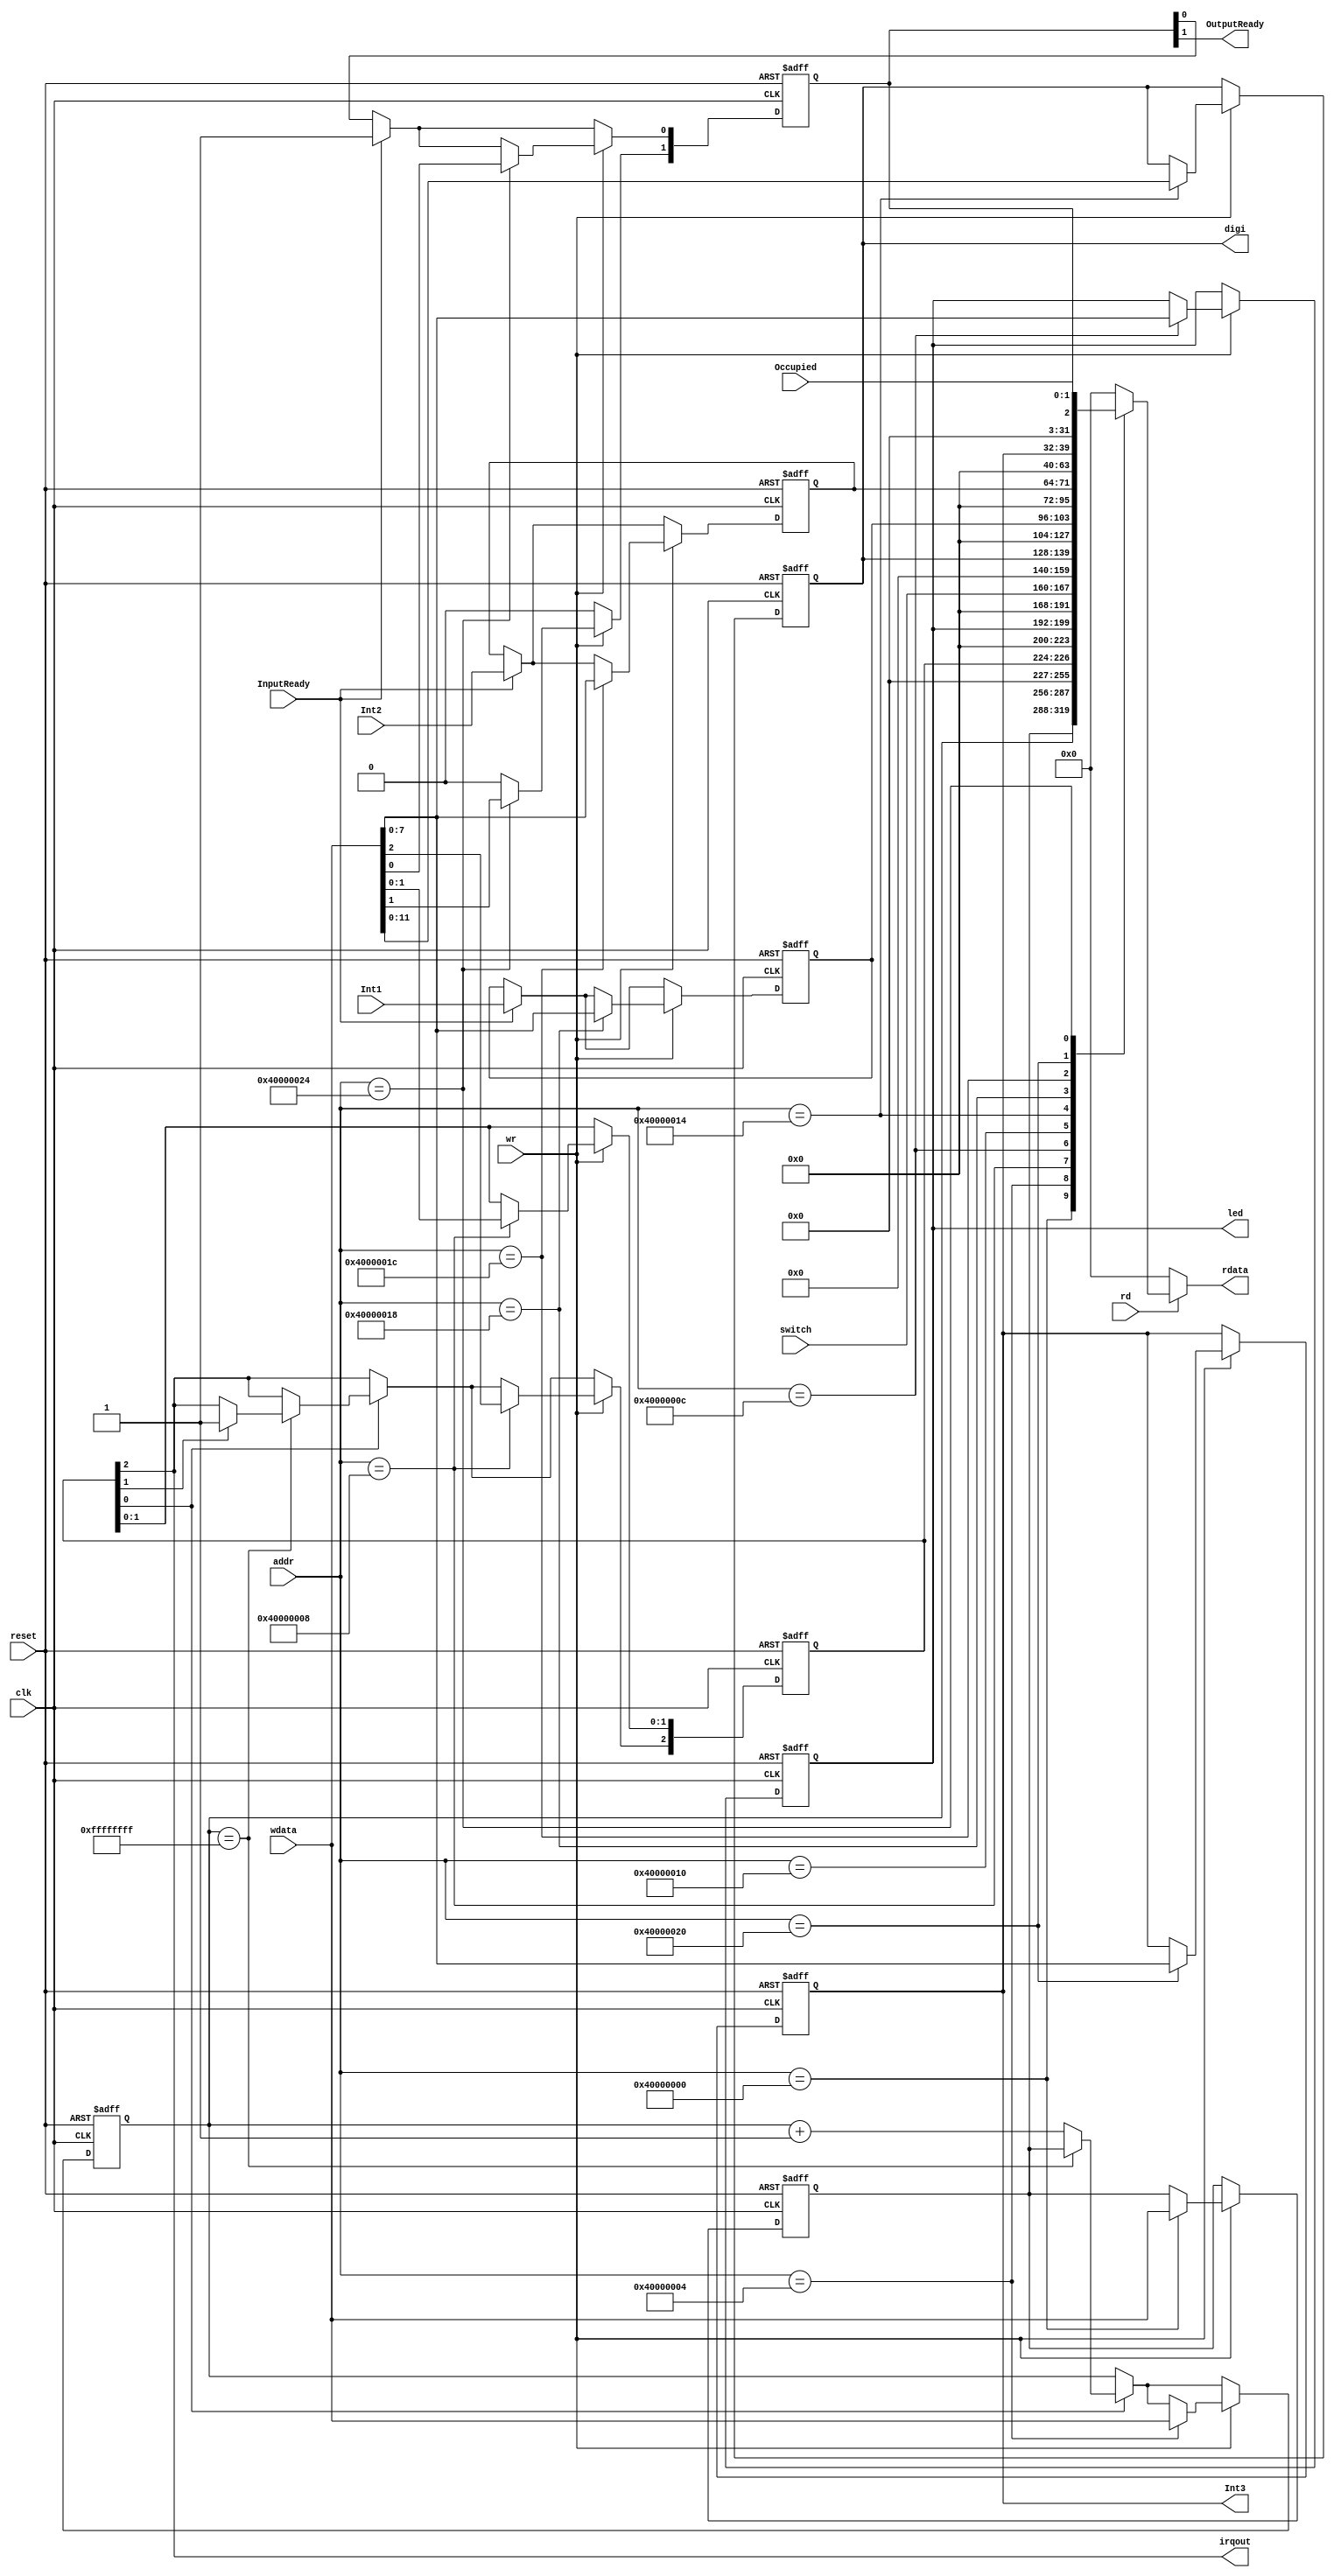
`timescale 1ns/1ps
module Peripheral (reset,clk,rd,wr,addr,wdata, Int1, Int2, InputReady, Occupied,
    rdata,led,switch,digi,irqout, Int3, OutputReady);
input reset,clk;
input rd,wr;
input [31:0] addr;
input [31:0] wdata;
input [7:0] Int1;
input [7:0] Int2;
input InputReady;
input Occupied;

output reg [31:0] rdata;
output reg [7:0] led;
input [7:0] switch;
output reg [11:0] digi;
output irqout;
output [7:0] Int3;
output OutputReady;


reg [31:0] TH,TL;
reg [2:0] TCON;
assign irqout = TCON[2];

reg [7:0] DATA1, DATA2, DATA3;
reg [1:0] UARTCON;
assign OutputReady = UARTCON[1];
assign Int3 = DATA3;

always@(*) begin
    if(rd) begin
        case(addr)
            32'h40000000: rdata <= TH;            
            32'h40000004: rdata <= TL;            
            32'h40000008: rdata <= {29'b0,TCON};                
            32'h4000000C: rdata <= {24'b0,led};            
            32'h40000010: rdata <= {24'b0,switch};
            32'h40000014: rdata <= {20'b0,digi};

            32'h40000018: rdata <= {24'b0,DATA1}; 
            32'h4000001c: rdata <= {24'b0,DATA2}; 
            32'h40000020: rdata <= {24'b0,DATA3}; 
            32'h40000024: rdata <= {29'b0,Occupied,UARTCON};
            default: rdata <= 32'b0;
        endcase
    end
    else
        rdata <= 32'b0;
end

always@(negedge reset or negedge clk) begin
    if(~reset) begin
        TH <= 32'b0;
        TL <= 32'b0;
        TCON <= 3'b0;
        DATA1 <= 8'd0;
        DATA2 <= 8'd0;
        DATA3 <= 8'b0;
        UARTCON <= 2'b0;
        led <= 8'b0;
        digi <= 12'b0;
    end
    else begin
        if(TCON[0]) begin    //timer is enabled
            if(TL==32'hffffffff) begin
                TL <= TH;
                if(TCON[1]) begin 
                    TCON[2] <= 1'b1;        //irq is enabled
                end
            end
            else TL <= TL + 1;
        end

        if(InputReady) begin
            DATA1 <= Int1;
            DATA2 <= Int2;
            UARTCON[0] <= 1;
        end

        if(UARTCON[1]) begin
            UARTCON[1] <= 0;
        end
        
        if(wr) begin
            case(addr)
                32'h40000000: TH <= wdata;
                32'h40000004: TL <= wdata;
                32'h40000008: TCON <= wdata[2:0];        
                32'h4000000C: led <= wdata[7:0];            
                32'h40000014: digi <= wdata[11:0];
                32'h40000018: DATA1 <= wdata[7:0];
                32'h4000001c: DATA2 <= wdata[7:0];
                32'h40000020: DATA3 <= wdata[7:0];
                32'h40000024: UARTCON <= wdata[1:0];
                default: ;
            endcase
        end
    end
end
endmodule